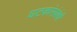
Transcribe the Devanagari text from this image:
घटकांसंबंधी